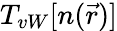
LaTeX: T_{vW}[n(\vec{r})]